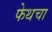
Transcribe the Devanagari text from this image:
फेथचा